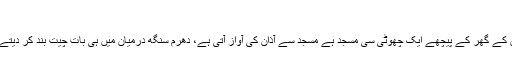
‘
تین اکتوبر کی شام کو پانچ بجے کا وقت ہے ان کے گھر کے پیچھے ایک چھوٹی سی مسجد ہے مسجد سے آذان کی آواز آتی ہے، دھرم سنگھ درمیان میں ہی بات چیت بند کر دیتے ہیں اور آذان ختم ہونے تک خاموش رہتے ہیں۔